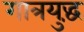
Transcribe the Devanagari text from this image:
गात्रयुद्धं